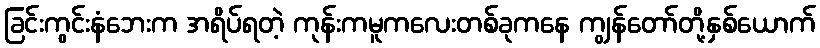
ခြင်းကွင်းနံဘေးက အရိပ်ရတဲ့ ကုန်းကမူကလေးတစ်ခုကနေ ကျွန်တော်တို့နှစ်ယောက်